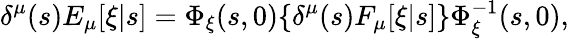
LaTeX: \delta^{\mu}(s)E_{\mu}[\xi|s]=\Phi_{\xi}(s,0)\{ \delta^{\mu}(s)F_{\mu}[\xi|s]\} \Phi_{\xi}^{-1}(s,0),